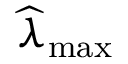
\widehat { \lambda } _ { \mathrm { { m a x } } }